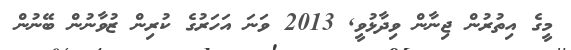
މީގެ އިތުރުން ޖިނާން ވިދާޅުވީ